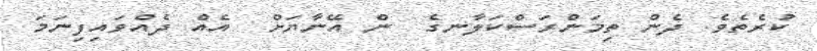
ކުރެތެވެ. ދެން ތިމަންރަސްކަލާނގެ  ން އޭނާޔަށް  އެއް ދެއްވައިފިނަމަ